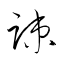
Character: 疎